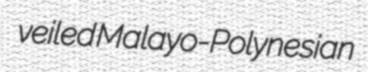
veiled Malayo-Polynesian